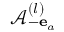
\mathcal { A } _ { - { \bf e } _ { a } } ^ { ( l ) }